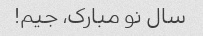
سال نو مبارک، جیم!